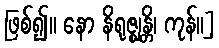
ဖြစ်၍။ နော နိရုဇ္ဈန္တိ၊ ကုန်။]